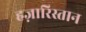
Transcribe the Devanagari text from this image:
हज़ारिस्तान